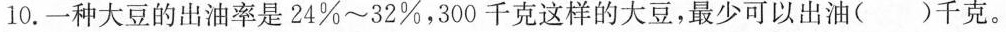
10.一种大豆的出油率是24%~32%，300千克这样的大豆，最少可以出油（）千克。